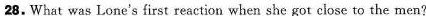
28.What was Lone's first reaction when she got ciose to the men?